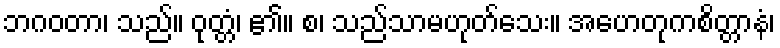
ဘဂဝတာ၊ သည်။ ဝုတ္တံ၊ ၏။ စ၊ သည်သာမဟုတ်သေး။ အဟေတုကစိတ္တာနံ၊